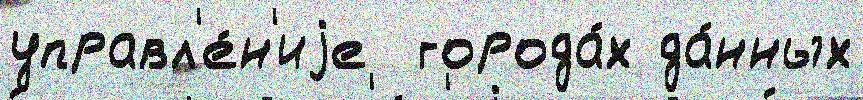
управл'е́н'иjе  города́х да́нных